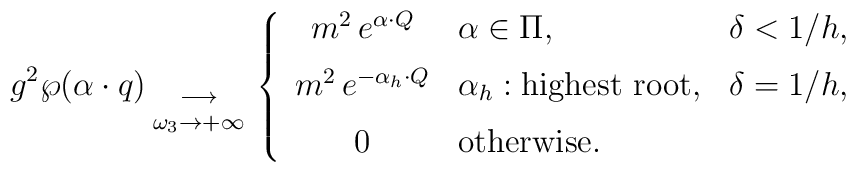
g^2\wp(\alpha\cdot q)   {{}\atop{\longrightarrow\atop{\omega_3\to+\infty}}}   \left\{   \begin{array}{cll}      m^2\,e^{\alpha\cdot Q} &\alpha\in\Pi,      &\delta<1/h,\\[6pt]      m^2\,e^{-\alpha_h\cdot Q} &\alpha_h: \mbox{highest root},      &\delta=1/h,\\[6pt]      0&\mbox{otherwise.}&   \end{array}   \right.